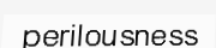
perilousness